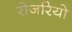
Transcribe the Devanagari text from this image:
रोजरियो